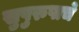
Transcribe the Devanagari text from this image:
सुपुरुषाचे